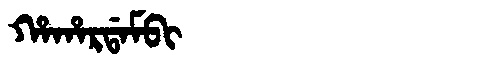
Manchu: ᡥᠠᡥᠠᡵᡩᠠᠮᠪᡳ
Romanization: HAHARDAMBI